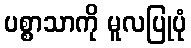
ပစ္စာသာကို မူလပြုပုံ